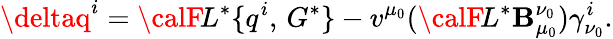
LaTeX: \deltaq^{i}={\calF}\! L^{*}\{ q^{i},\, G^{*}\} -v^{\mu_{0}}({\calF}\! L^{*}\mathbf{B}_{\mu_{0}}^{\nu_{0}})\gamma_{\nu_{0}}^{i}.